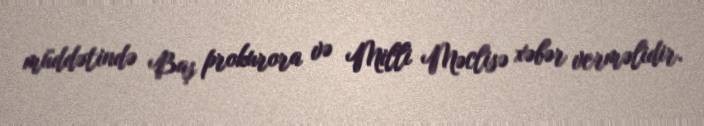
müddətində Baş prokurora və Milli Məclisə xəbər verməlidir.